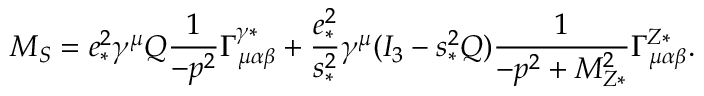
{ \cal M } _ { S } = e _ { * } ^ { 2 } \gamma ^ { \mu } Q \frac { 1 } { - p ^ { 2 } } \Gamma _ { \mu \alpha \beta } ^ { \gamma * } + \frac { e _ { * } ^ { 2 } } { s _ { * } ^ { 2 } } \gamma ^ { \mu } ( I _ { 3 } - s _ { * } ^ { 2 } Q ) \frac { 1 } { - p ^ { 2 } + M _ { Z * } ^ { 2 } } \Gamma _ { \mu \alpha \beta } ^ { Z * } .